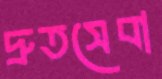
দ্রুতসেবা